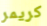
كريمر